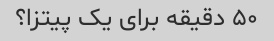
۵٠ دقیقه برای یک پیتزا؟